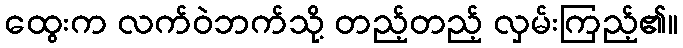
ထွေးက လက်ဝဲဘက်သို့ တည့်တည့် လှမ်းကြည့်၏။